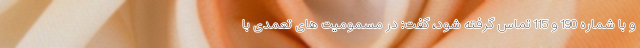
و با شماره 190 و 115 تماس گرفته شود، گفت: در مسمومیت های تعمدی با